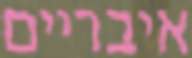
איבריים